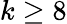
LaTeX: k\ge 8